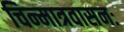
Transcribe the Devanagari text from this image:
चिन्मात्रवासनः